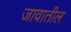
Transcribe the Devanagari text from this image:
जावातील